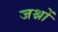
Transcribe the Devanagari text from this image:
जश्नों